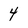
Character: 4